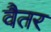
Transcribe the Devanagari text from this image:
वैतर